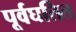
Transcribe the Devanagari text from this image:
पूर्वघतित